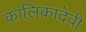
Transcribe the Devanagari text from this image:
कालिकादेवी